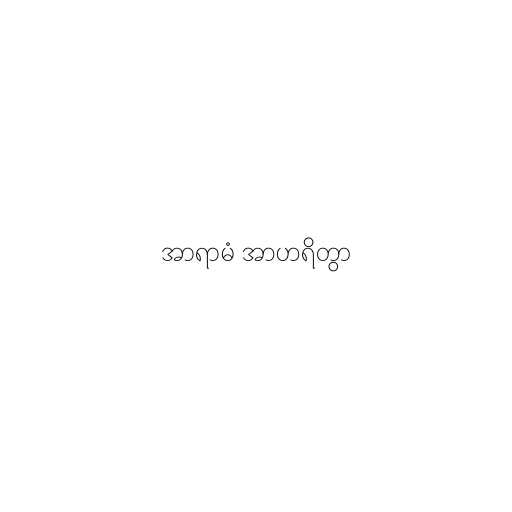
အာရာမံ အာဟရိတွာ